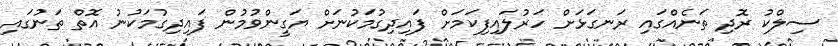
ސިލްކު ރޮދި ތަނެއްގައި ރަނގަޅަށް ހަރުލައިފިކަމަށް ފައިދިގުމަކުނަށް ޔަގީންވުމުން ފައިދިގުމަކުނު އޮތް ތަނުގައި